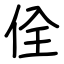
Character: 佺